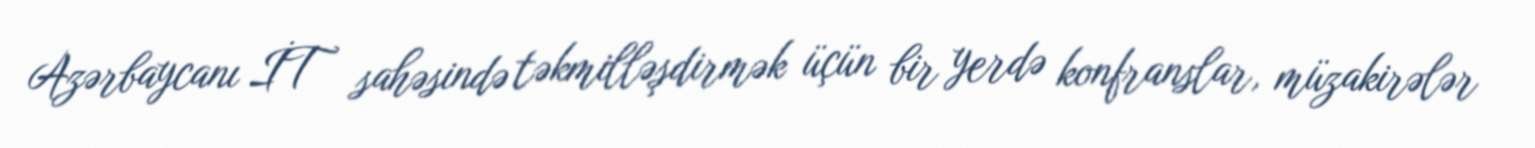
Azərbaycanı İT sahəsində təkmilləşdirmək üçün bir yerdə konfranslar, müzakirələr